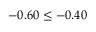
- 0 . 6 0 \leq - 0 . 4 0